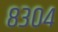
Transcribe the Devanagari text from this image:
८३०४